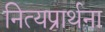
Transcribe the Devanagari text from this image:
नित्यप्रार्थना